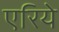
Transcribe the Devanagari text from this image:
एरिये